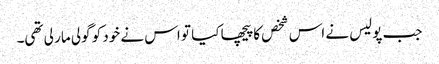
جب پولیس نے اس شخص کا پیچھا کیا تو اس نے خود کو گولی مار لی تھی۔